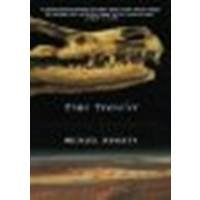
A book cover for Time Traveler: In Search of Dinosaurs and Other Fossils from Montana to Mongolia by Novacek, Michael [Farrar, Straus and Giroux, 2003] (Paperback) [Paperback]; Novacek; Travel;